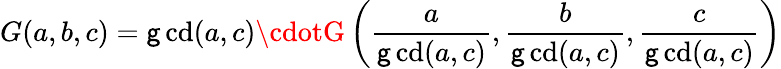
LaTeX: G(a,b,c)=\operatorname*{\mathsf{g}cd}(a,c)\cdotG\left({\frac{{a}}{{\operatorname*{\mathsf{g}cd}(a,c)}}},{\frac{{b}}{{\operatorname*{\mathsf{g}cd}(a,c)}}},{\frac{{c}}{{\operatorname*{\mathsf{g}cd}(a,c)}}}\right)